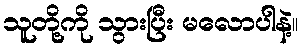
သူတို့ကို သွားပြီး မလောပါနဲ့။